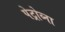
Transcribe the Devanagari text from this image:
पेट्रोव्ना